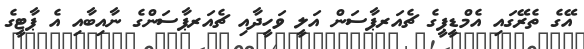
އޭގެ ތެރޭގައި އެމްޑީޕީގެ ޗެއަރޕާސަން އަލީ ވަހީދާއި ޗެއަރޕާސަންގެ ނާއިބާއި އެ ޕާޓީގެ